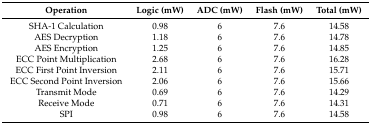
| Operation | Logic (mW) | ADC (mW) | Flash (mW) | Total (mW) |
 | --- | --- | --- | --- | --- |
 | SHA-1 Calculation | 0.98 | 6 | 7.6 | 14.58 |
 | AES Decryption | 1.18 | 6 | 7.6 | 14.78 |
 | AES Encryption | 1.25 | 6 | 7.6 | 14.85 |
 | ECC Point Multiplication | 2.68 | 6 | 7.6 | 16.28 |
 | ECC First Point Inversion | 2.11 | 6 | 7.6 | 15.71 |
 | ECC Second Point Inversion | 2.06 | 6 | 7.6 | 15.66 |
 | Transmit Mode | 0.69 | 6 | 7.6 | 14.29 |
 | Receive Mode | 0.71 | 6 | 7.6 | 14.31 |
 | SPI | 0.98 | 6 | 7.6 | 14.58 |